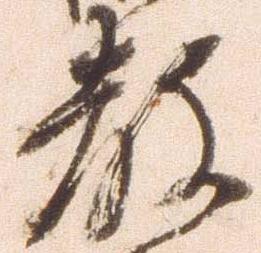
教